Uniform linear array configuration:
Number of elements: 32
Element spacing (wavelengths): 0.75
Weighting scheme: cosine
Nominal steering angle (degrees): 15
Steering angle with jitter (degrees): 14.657
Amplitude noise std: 0.05
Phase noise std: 0.05

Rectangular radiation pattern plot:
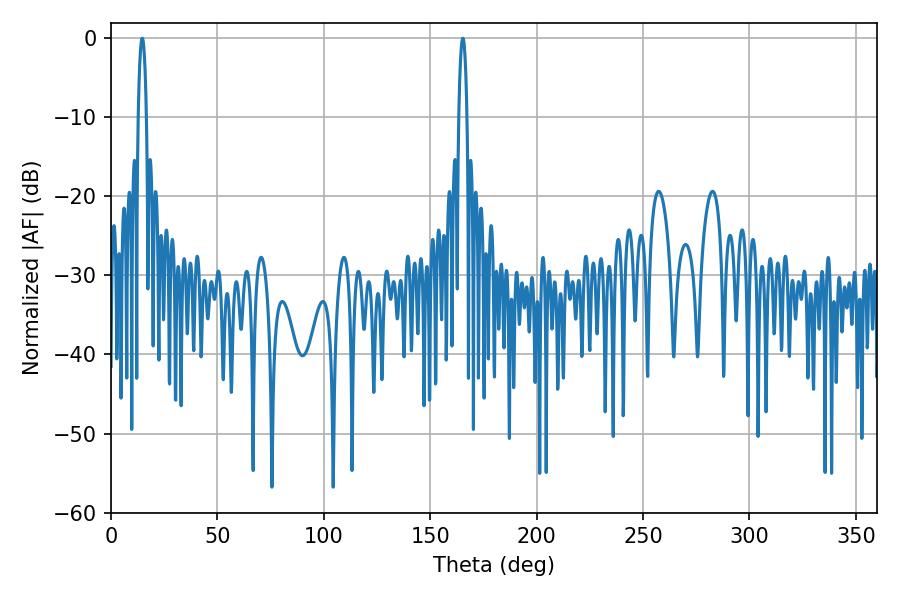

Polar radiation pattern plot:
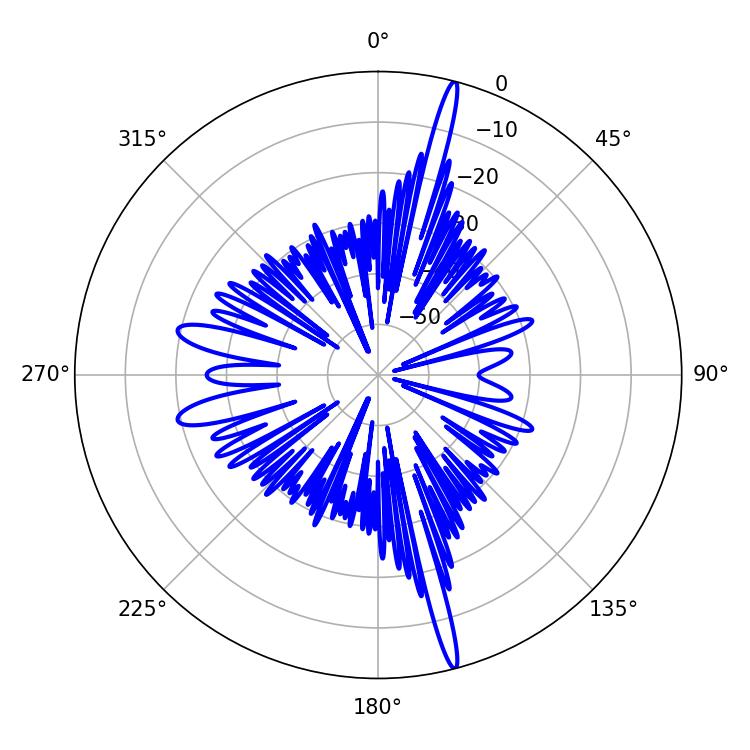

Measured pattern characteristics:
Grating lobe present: TRUE
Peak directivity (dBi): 20.246
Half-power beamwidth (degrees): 1.98
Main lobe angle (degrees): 14.76